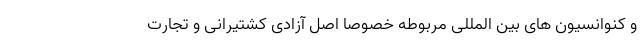
و کنوانسیون های بین المللی مربوطه خصوصا اصل آزادی کشتیرانی و تجارت